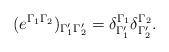
LaTeX: \begin{align*}(e^{\Gamma_1\Gamma_2})_{\Gamma_1'\Gamma_2'}=\delta^{\Gamma_1}_{\Gamma_1'}\delta^{\Gamma_2}_{\Gamma_2'}.\end{align*}